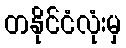
တနိုင်ငံလုံးမှ